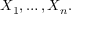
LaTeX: X _ { 1 } , \dots , X _ { n } .